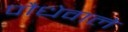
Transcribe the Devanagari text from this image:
पौधेवाले